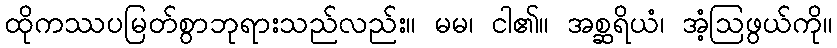
ထိုကဿပမြတ်စွာဘုရားသည်လည်း။ မမ၊ ငါ၏။ အစ္ဆရိယံ၊ အံ့ဩဖွယ်ကို။